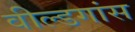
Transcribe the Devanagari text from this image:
वील्डगांस